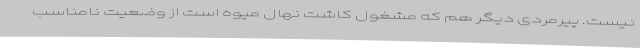
نیست. پیرمردی دیگر هم که مشغول کاشت نهال میوه است از وضعیت نامناسب